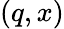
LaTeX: (q,x)